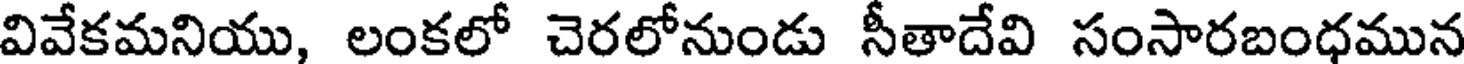
వివేకమనియు, లంకలో చెరలోనుండు సీతాదేవి సంసారబంధమున